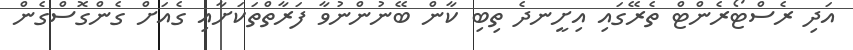
އަދި ރެސްޓޯރެންޓް ތެރޭގައި އިށީނދެ ތިބި ކާން ބޭނުންނުވާ ފަރާތްތަކަށާއި ގެއަށް ގެންގޮސްގެން